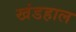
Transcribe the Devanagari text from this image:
खंडहाल